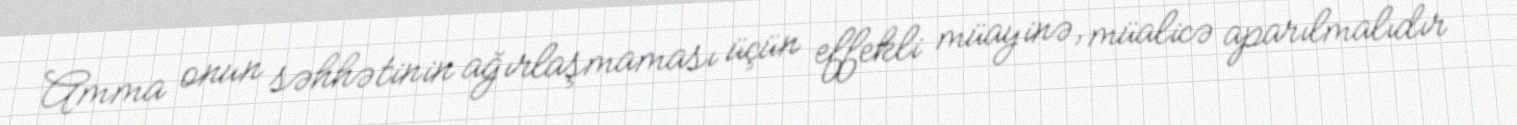
Amma onun səhhətinin ağırlaşmaması üçün effekli müayinə, müalicə aparılmalıdır